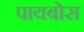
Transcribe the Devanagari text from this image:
पायबोस